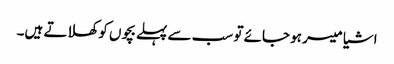
اشیا میسر ہو جائے تو سب سے پہلے بچوں کو کھلاتے ہیں۔